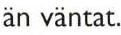
än vantat.